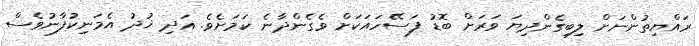
ރައްޔިތުންނަށް ލިބިގެންދިޔަ ވަރަށް ބޮޑު ފަސޭހައަކަށް ވެގެންދާނެ ކަމަށެވެ. އަދި ޚުދު އެމަނިކުފާނުވެސް